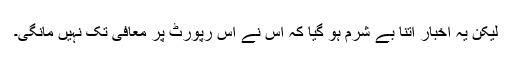
لیکن یہ اخبار اتنا بے شرم ہو گیا کہ اس نے اس رپورٹ پر معافی تک نہیں مانگی۔